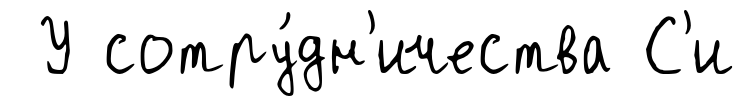
У сотру́дн'ичества С'и